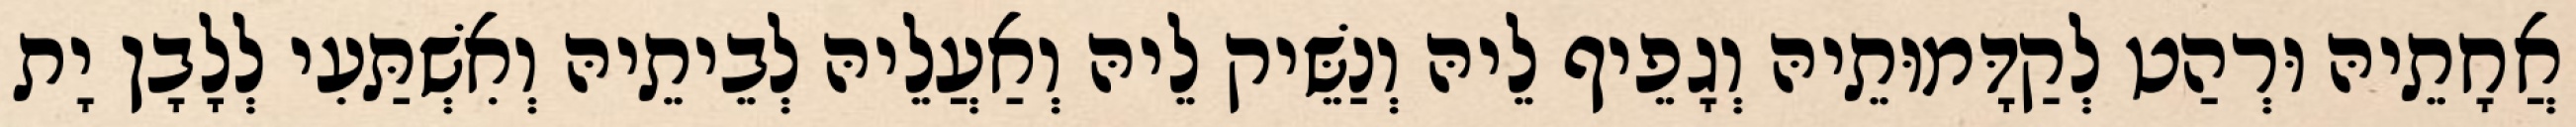
אֲחָתֵיהּ וּרְהַט לְקַדָּמוּתֵיהּ וְגָפֵיף לֵיהּ וְנַשֵּׁיק לֵיהּ וְאַעֲלֵיהּ לְבֵיתֵיהּ וְאִשְׁתַּעִי לְלָבָן יָת